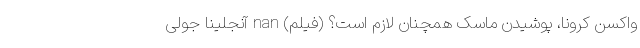
واکسن کرونا، پوشیدن ماسک همچنان لازم است؟ (فیلم) nan آنجلینا جولی